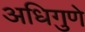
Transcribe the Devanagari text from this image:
अधिगुणे